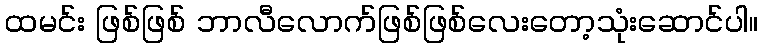
ထမင်း ဖြစ်ဖြစ် ဘာလီလောက်ဖြစ်ဖြစ်လေးတော့သုံးဆောင်ပါ။